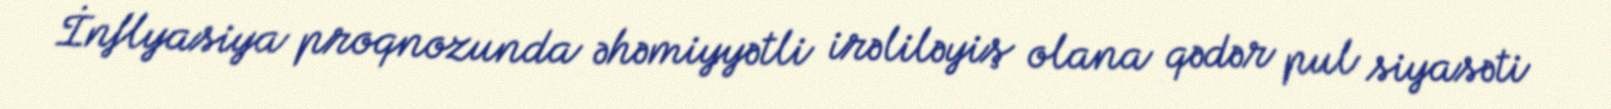
İnflyasiya proqnozunda əhəmiyyətli irəliləyiş olana qədər pul siyasəti